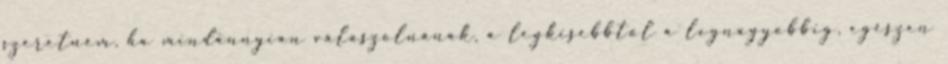
szeretném, ha mindannyian válaszolnának, a legkisebbtől a legnagyobbig, egészen